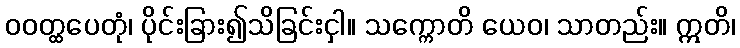
ဝဝတ္ထပေတုံ၊ ပိုင်းခြား၍သိခြင်းငှါ။ သက္ကောတိ ယေဝ၊ သာတည်း။ ဣတိ၊